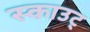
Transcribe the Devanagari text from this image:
स्काउट्